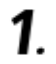
1.